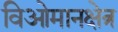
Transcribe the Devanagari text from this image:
विओमानक्षेत्र